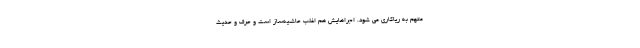
متهم به ریاکاری می شود. اجراهایش هم اغلب حاشیه‌ساز است و حرف و حدیث